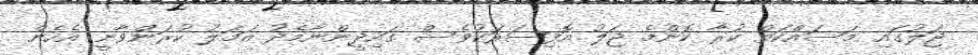
ޖަލުގައި މަސައްކަތް ކުރާ ކޮންމެ ޖަލު އޮފިސަރަކުވެސް ގައިދީންނާމެދު އަމަލު ކުރަންވާނީ އެހެން